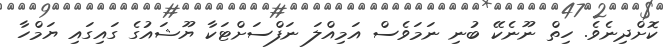
ކޮށްދިނެވެ. ހިތް ނޫނެކޭ ބުނި ނަމަވެސް އަމިއްލަ ނަފްސަށްޓަކާ ޔޫޝައުގެ ގައިގައި ޔަމްހާ